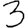
Digit: 3